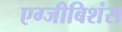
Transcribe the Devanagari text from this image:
एग्जीबिशंस